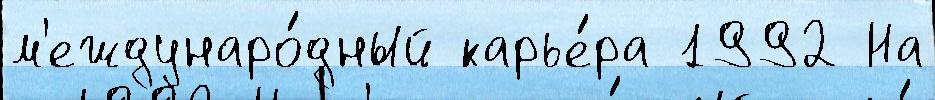
м'еждунаро́дный карье́ра 1992 На